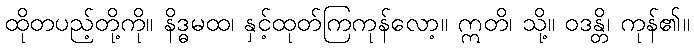
ထိုတပည့်တို့ကို။ နိဒ္ဓမထ၊ နှင့်ထုတ်ကြကုန်လော့။ ဣတိ၊ သို့။ ဝဒန္တိ၊ ကုန်၏။